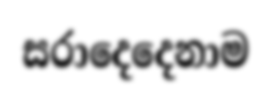
සරාදෙදෙනාම